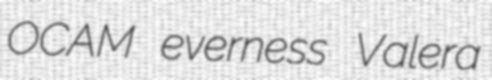
OCAM everness Valera